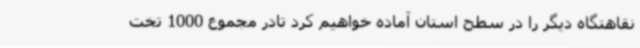
نقاهتگاه دیگر را در سطح استان آماده خواهیم کرد تادر مجموع 1000 تخت